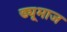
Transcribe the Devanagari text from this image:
ड्यूमाज